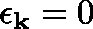
\mathbf { \epsilon } _ { \mathbf { k } } = 0